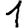
Digit: 1